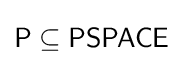
{\mathsf {P}}\subseteq {\mathsf {PSPACE}}